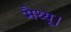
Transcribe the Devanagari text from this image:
मैथ्यू।